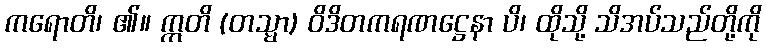
ကရောတိ၊ ၏။ ဣတိ (တသ္မာ) ဝိဒိတကရဏဋ္ဌေနာ ပိ၊ ထိုသို့ သိအပ်သည်တို့ကို